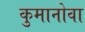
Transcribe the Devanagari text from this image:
कुमानोवा